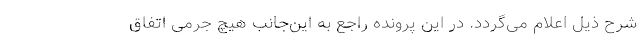
شرح ذیل اعلام می‌گردد. در این پرونده راجع به این‌جانب هیچ جرمی اتفاق